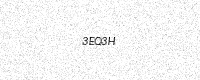
Text: 3EQ3H